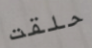
حلقت